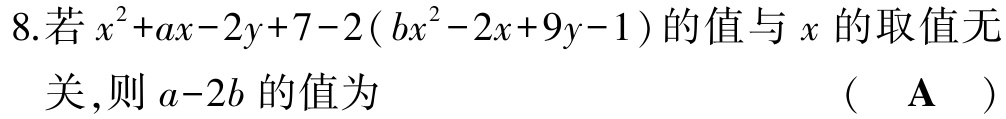
8.若\(x^{2}+ax - 2y + 7 - 2(bx^{2}-2x + 9y - 1)\)的值与\(x\)的取值无关,则\(a - 2b\)的值为 （  \(\mathbf{A}\)  ）